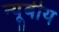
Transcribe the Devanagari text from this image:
न्यूबीय